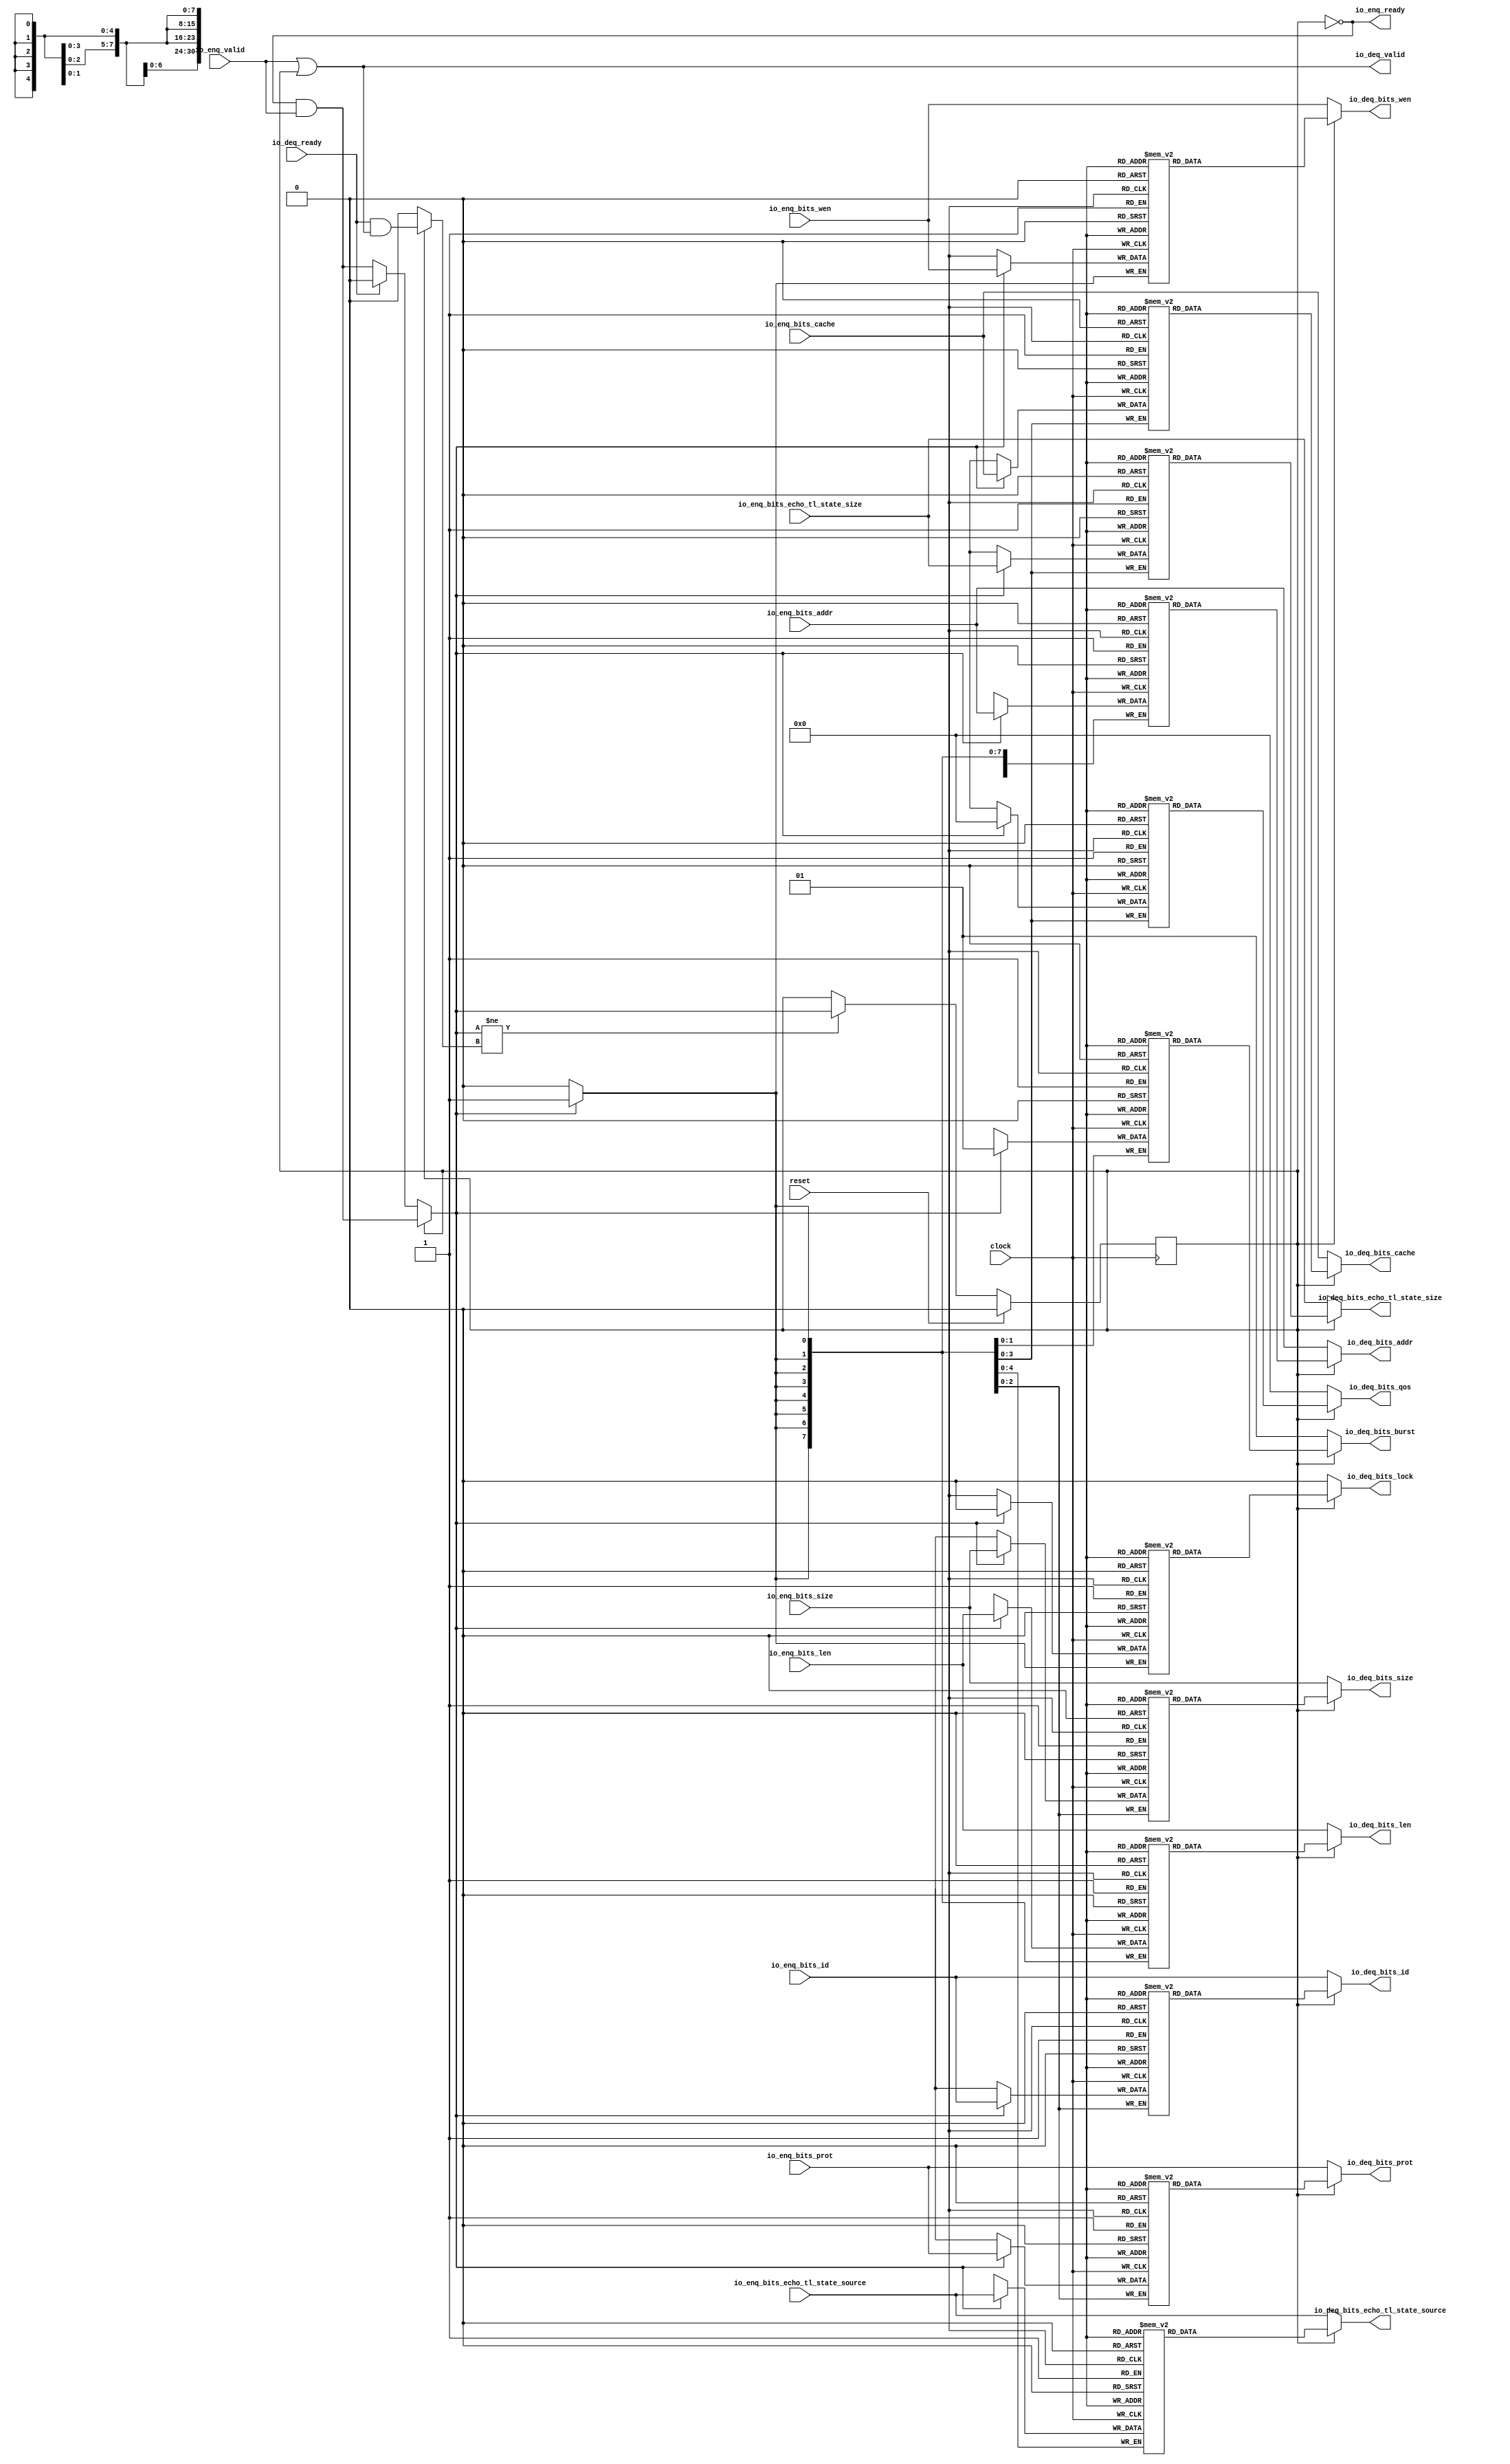
module Queue_11(
  input         clock,
  input         reset,
  output        io_enq_ready,
  input         io_enq_valid,
  input  [2:0]  io_enq_bits_id,
  input  [30:0] io_enq_bits_addr,
  input  [7:0]  io_enq_bits_len,
  input  [2:0]  io_enq_bits_size,
  input  [3:0]  io_enq_bits_cache,
  input  [2:0]  io_enq_bits_prot,
  input  [3:0]  io_enq_bits_echo_tl_state_size,
  input  [4:0]  io_enq_bits_echo_tl_state_source,
  input         io_enq_bits_wen,
  input         io_deq_ready,
  output        io_deq_valid,
  output [2:0]  io_deq_bits_id,
  output [30:0] io_deq_bits_addr,
  output [7:0]  io_deq_bits_len,
  output [2:0]  io_deq_bits_size,
  output [1:0]  io_deq_bits_burst,
  output        io_deq_bits_lock,
  output [3:0]  io_deq_bits_cache,
  output [2:0]  io_deq_bits_prot,
  output [3:0]  io_deq_bits_qos,
  output [3:0]  io_deq_bits_echo_tl_state_size,
  output [4:0]  io_deq_bits_echo_tl_state_source,
  output        io_deq_bits_wen
);
`ifdef RANDOMIZE_MEM_INIT
  reg [31:0] _RAND_0;
  reg [31:0] _RAND_1;
  reg [31:0] _RAND_2;
  reg [31:0] _RAND_3;
  reg [31:0] _RAND_4;
  reg [31:0] _RAND_5;
  reg [31:0] _RAND_6;
  reg [31:0] _RAND_7;
  reg [31:0] _RAND_8;
  reg [31:0] _RAND_9;
  reg [31:0] _RAND_10;
  reg [31:0] _RAND_11;
`endif // RANDOMIZE_MEM_INIT
`ifdef RANDOMIZE_REG_INIT
  reg [31:0] _RAND_12;
`endif // RANDOMIZE_REG_INIT
  reg [2:0] ram_id [0:0]; // @[Decoupled.scala 259:95]
  wire  ram_id_io_deq_bits_MPORT_en; // @[Decoupled.scala 259:95]
  wire  ram_id_io_deq_bits_MPORT_addr; // @[Decoupled.scala 259:95]
  wire [2:0] ram_id_io_deq_bits_MPORT_data; // @[Decoupled.scala 259:95]
  wire [2:0] ram_id_MPORT_data; // @[Decoupled.scala 259:95]
  wire  ram_id_MPORT_addr; // @[Decoupled.scala 259:95]
  wire  ram_id_MPORT_mask; // @[Decoupled.scala 259:95]
  wire  ram_id_MPORT_en; // @[Decoupled.scala 259:95]
  reg [30:0] ram_addr [0:0]; // @[Decoupled.scala 259:95]
  wire  ram_addr_io_deq_bits_MPORT_en; // @[Decoupled.scala 259:95]
  wire  ram_addr_io_deq_bits_MPORT_addr; // @[Decoupled.scala 259:95]
  wire [30:0] ram_addr_io_deq_bits_MPORT_data; // @[Decoupled.scala 259:95]
  wire [30:0] ram_addr_MPORT_data; // @[Decoupled.scala 259:95]
  wire  ram_addr_MPORT_addr; // @[Decoupled.scala 259:95]
  wire  ram_addr_MPORT_mask; // @[Decoupled.scala 259:95]
  wire  ram_addr_MPORT_en; // @[Decoupled.scala 259:95]
  reg [7:0] ram_len [0:0]; // @[Decoupled.scala 259:95]
  wire  ram_len_io_deq_bits_MPORT_en; // @[Decoupled.scala 259:95]
  wire  ram_len_io_deq_bits_MPORT_addr; // @[Decoupled.scala 259:95]
  wire [7:0] ram_len_io_deq_bits_MPORT_data; // @[Decoupled.scala 259:95]
  wire [7:0] ram_len_MPORT_data; // @[Decoupled.scala 259:95]
  wire  ram_len_MPORT_addr; // @[Decoupled.scala 259:95]
  wire  ram_len_MPORT_mask; // @[Decoupled.scala 259:95]
  wire  ram_len_MPORT_en; // @[Decoupled.scala 259:95]
  reg [2:0] ram_size [0:0]; // @[Decoupled.scala 259:95]
  wire  ram_size_io_deq_bits_MPORT_en; // @[Decoupled.scala 259:95]
  wire  ram_size_io_deq_bits_MPORT_addr; // @[Decoupled.scala 259:95]
  wire [2:0] ram_size_io_deq_bits_MPORT_data; // @[Decoupled.scala 259:95]
  wire [2:0] ram_size_MPORT_data; // @[Decoupled.scala 259:95]
  wire  ram_size_MPORT_addr; // @[Decoupled.scala 259:95]
  wire  ram_size_MPORT_mask; // @[Decoupled.scala 259:95]
  wire  ram_size_MPORT_en; // @[Decoupled.scala 259:95]
  reg [1:0] ram_burst [0:0]; // @[Decoupled.scala 259:95]
  wire  ram_burst_io_deq_bits_MPORT_en; // @[Decoupled.scala 259:95]
  wire  ram_burst_io_deq_bits_MPORT_addr; // @[Decoupled.scala 259:95]
  wire [1:0] ram_burst_io_deq_bits_MPORT_data; // @[Decoupled.scala 259:95]
  wire [1:0] ram_burst_MPORT_data; // @[Decoupled.scala 259:95]
  wire  ram_burst_MPORT_addr; // @[Decoupled.scala 259:95]
  wire  ram_burst_MPORT_mask; // @[Decoupled.scala 259:95]
  wire  ram_burst_MPORT_en; // @[Decoupled.scala 259:95]
  reg  ram_lock [0:0]; // @[Decoupled.scala 259:95]
  wire  ram_lock_io_deq_bits_MPORT_en; // @[Decoupled.scala 259:95]
  wire  ram_lock_io_deq_bits_MPORT_addr; // @[Decoupled.scala 259:95]
  wire  ram_lock_io_deq_bits_MPORT_data; // @[Decoupled.scala 259:95]
  wire  ram_lock_MPORT_data; // @[Decoupled.scala 259:95]
  wire  ram_lock_MPORT_addr; // @[Decoupled.scala 259:95]
  wire  ram_lock_MPORT_mask; // @[Decoupled.scala 259:95]
  wire  ram_lock_MPORT_en; // @[Decoupled.scala 259:95]
  reg [3:0] ram_cache [0:0]; // @[Decoupled.scala 259:95]
  wire  ram_cache_io_deq_bits_MPORT_en; // @[Decoupled.scala 259:95]
  wire  ram_cache_io_deq_bits_MPORT_addr; // @[Decoupled.scala 259:95]
  wire [3:0] ram_cache_io_deq_bits_MPORT_data; // @[Decoupled.scala 259:95]
  wire [3:0] ram_cache_MPORT_data; // @[Decoupled.scala 259:95]
  wire  ram_cache_MPORT_addr; // @[Decoupled.scala 259:95]
  wire  ram_cache_MPORT_mask; // @[Decoupled.scala 259:95]
  wire  ram_cache_MPORT_en; // @[Decoupled.scala 259:95]
  reg [2:0] ram_prot [0:0]; // @[Decoupled.scala 259:95]
  wire  ram_prot_io_deq_bits_MPORT_en; // @[Decoupled.scala 259:95]
  wire  ram_prot_io_deq_bits_MPORT_addr; // @[Decoupled.scala 259:95]
  wire [2:0] ram_prot_io_deq_bits_MPORT_data; // @[Decoupled.scala 259:95]
  wire [2:0] ram_prot_MPORT_data; // @[Decoupled.scala 259:95]
  wire  ram_prot_MPORT_addr; // @[Decoupled.scala 259:95]
  wire  ram_prot_MPORT_mask; // @[Decoupled.scala 259:95]
  wire  ram_prot_MPORT_en; // @[Decoupled.scala 259:95]
  reg [3:0] ram_qos [0:0]; // @[Decoupled.scala 259:95]
  wire  ram_qos_io_deq_bits_MPORT_en; // @[Decoupled.scala 259:95]
  wire  ram_qos_io_deq_bits_MPORT_addr; // @[Decoupled.scala 259:95]
  wire [3:0] ram_qos_io_deq_bits_MPORT_data; // @[Decoupled.scala 259:95]
  wire [3:0] ram_qos_MPORT_data; // @[Decoupled.scala 259:95]
  wire  ram_qos_MPORT_addr; // @[Decoupled.scala 259:95]
  wire  ram_qos_MPORT_mask; // @[Decoupled.scala 259:95]
  wire  ram_qos_MPORT_en; // @[Decoupled.scala 259:95]
  reg [3:0] ram_echo_tl_state_size [0:0]; // @[Decoupled.scala 259:95]
  wire  ram_echo_tl_state_size_io_deq_bits_MPORT_en; // @[Decoupled.scala 259:95]
  wire  ram_echo_tl_state_size_io_deq_bits_MPORT_addr; // @[Decoupled.scala 259:95]
  wire [3:0] ram_echo_tl_state_size_io_deq_bits_MPORT_data; // @[Decoupled.scala 259:95]
  wire [3:0] ram_echo_tl_state_size_MPORT_data; // @[Decoupled.scala 259:95]
  wire  ram_echo_tl_state_size_MPORT_addr; // @[Decoupled.scala 259:95]
  wire  ram_echo_tl_state_size_MPORT_mask; // @[Decoupled.scala 259:95]
  wire  ram_echo_tl_state_size_MPORT_en; // @[Decoupled.scala 259:95]
  reg [4:0] ram_echo_tl_state_source [0:0]; // @[Decoupled.scala 259:95]
  wire  ram_echo_tl_state_source_io_deq_bits_MPORT_en; // @[Decoupled.scala 259:95]
  wire  ram_echo_tl_state_source_io_deq_bits_MPORT_addr; // @[Decoupled.scala 259:95]
  wire [4:0] ram_echo_tl_state_source_io_deq_bits_MPORT_data; // @[Decoupled.scala 259:95]
  wire [4:0] ram_echo_tl_state_source_MPORT_data; // @[Decoupled.scala 259:95]
  wire  ram_echo_tl_state_source_MPORT_addr; // @[Decoupled.scala 259:95]
  wire  ram_echo_tl_state_source_MPORT_mask; // @[Decoupled.scala 259:95]
  wire  ram_echo_tl_state_source_MPORT_en; // @[Decoupled.scala 259:95]
  reg  ram_wen [0:0]; // @[Decoupled.scala 259:95]
  wire  ram_wen_io_deq_bits_MPORT_en; // @[Decoupled.scala 259:95]
  wire  ram_wen_io_deq_bits_MPORT_addr; // @[Decoupled.scala 259:95]
  wire  ram_wen_io_deq_bits_MPORT_data; // @[Decoupled.scala 259:95]
  wire  ram_wen_MPORT_data; // @[Decoupled.scala 259:95]
  wire  ram_wen_MPORT_addr; // @[Decoupled.scala 259:95]
  wire  ram_wen_MPORT_mask; // @[Decoupled.scala 259:95]
  wire  ram_wen_MPORT_en; // @[Decoupled.scala 259:95]
  reg  maybe_full; // @[Decoupled.scala 262:27]
  wire  empty = ~maybe_full; // @[Decoupled.scala 264:28]
  wire  _do_enq_T = io_enq_ready & io_enq_valid; // @[Decoupled.scala 50:35]
  wire  _do_deq_T = io_deq_ready & io_deq_valid; // @[Decoupled.scala 50:35]
  wire  _GEN_20 = io_deq_ready ? 1'h0 : _do_enq_T; // @[Decoupled.scala 304:{26,35}]
  wire  do_enq = empty ? _GEN_20 : _do_enq_T; // @[Decoupled.scala 301:17]
  wire  do_deq = empty ? 1'h0 : _do_deq_T; // @[Decoupled.scala 301:17 303:14]
  assign ram_id_io_deq_bits_MPORT_en = 1'h1;
  assign ram_id_io_deq_bits_MPORT_addr = 1'h0;
  assign ram_id_io_deq_bits_MPORT_data = ram_id[ram_id_io_deq_bits_MPORT_addr]; // @[Decoupled.scala 259:95]
  assign ram_id_MPORT_data = io_enq_bits_id;
  assign ram_id_MPORT_addr = 1'h0;
  assign ram_id_MPORT_mask = 1'h1;
  assign ram_id_MPORT_en = empty ? _GEN_20 : _do_enq_T;
  assign ram_addr_io_deq_bits_MPORT_en = 1'h1;
  assign ram_addr_io_deq_bits_MPORT_addr = 1'h0;
  assign ram_addr_io_deq_bits_MPORT_data = ram_addr[ram_addr_io_deq_bits_MPORT_addr]; // @[Decoupled.scala 259:95]
  assign ram_addr_MPORT_data = io_enq_bits_addr;
  assign ram_addr_MPORT_addr = 1'h0;
  assign ram_addr_MPORT_mask = 1'h1;
  assign ram_addr_MPORT_en = empty ? _GEN_20 : _do_enq_T;
  assign ram_len_io_deq_bits_MPORT_en = 1'h1;
  assign ram_len_io_deq_bits_MPORT_addr = 1'h0;
  assign ram_len_io_deq_bits_MPORT_data = ram_len[ram_len_io_deq_bits_MPORT_addr]; // @[Decoupled.scala 259:95]
  assign ram_len_MPORT_data = io_enq_bits_len;
  assign ram_len_MPORT_addr = 1'h0;
  assign ram_len_MPORT_mask = 1'h1;
  assign ram_len_MPORT_en = empty ? _GEN_20 : _do_enq_T;
  assign ram_size_io_deq_bits_MPORT_en = 1'h1;
  assign ram_size_io_deq_bits_MPORT_addr = 1'h0;
  assign ram_size_io_deq_bits_MPORT_data = ram_size[ram_size_io_deq_bits_MPORT_addr]; // @[Decoupled.scala 259:95]
  assign ram_size_MPORT_data = io_enq_bits_size;
  assign ram_size_MPORT_addr = 1'h0;
  assign ram_size_MPORT_mask = 1'h1;
  assign ram_size_MPORT_en = empty ? _GEN_20 : _do_enq_T;
  assign ram_burst_io_deq_bits_MPORT_en = 1'h1;
  assign ram_burst_io_deq_bits_MPORT_addr = 1'h0;
  assign ram_burst_io_deq_bits_MPORT_data = ram_burst[ram_burst_io_deq_bits_MPORT_addr]; // @[Decoupled.scala 259:95]
  assign ram_burst_MPORT_data = 2'h1;
  assign ram_burst_MPORT_addr = 1'h0;
  assign ram_burst_MPORT_mask = 1'h1;
  assign ram_burst_MPORT_en = empty ? _GEN_20 : _do_enq_T;
  assign ram_lock_io_deq_bits_MPORT_en = 1'h1;
  assign ram_lock_io_deq_bits_MPORT_addr = 1'h0;
  assign ram_lock_io_deq_bits_MPORT_data = ram_lock[ram_lock_io_deq_bits_MPORT_addr]; // @[Decoupled.scala 259:95]
  assign ram_lock_MPORT_data = 1'h0;
  assign ram_lock_MPORT_addr = 1'h0;
  assign ram_lock_MPORT_mask = 1'h1;
  assign ram_lock_MPORT_en = empty ? _GEN_20 : _do_enq_T;
  assign ram_cache_io_deq_bits_MPORT_en = 1'h1;
  assign ram_cache_io_deq_bits_MPORT_addr = 1'h0;
  assign ram_cache_io_deq_bits_MPORT_data = ram_cache[ram_cache_io_deq_bits_MPORT_addr]; // @[Decoupled.scala 259:95]
  assign ram_cache_MPORT_data = io_enq_bits_cache;
  assign ram_cache_MPORT_addr = 1'h0;
  assign ram_cache_MPORT_mask = 1'h1;
  assign ram_cache_MPORT_en = empty ? _GEN_20 : _do_enq_T;
  assign ram_prot_io_deq_bits_MPORT_en = 1'h1;
  assign ram_prot_io_deq_bits_MPORT_addr = 1'h0;
  assign ram_prot_io_deq_bits_MPORT_data = ram_prot[ram_prot_io_deq_bits_MPORT_addr]; // @[Decoupled.scala 259:95]
  assign ram_prot_MPORT_data = io_enq_bits_prot;
  assign ram_prot_MPORT_addr = 1'h0;
  assign ram_prot_MPORT_mask = 1'h1;
  assign ram_prot_MPORT_en = empty ? _GEN_20 : _do_enq_T;
  assign ram_qos_io_deq_bits_MPORT_en = 1'h1;
  assign ram_qos_io_deq_bits_MPORT_addr = 1'h0;
  assign ram_qos_io_deq_bits_MPORT_data = ram_qos[ram_qos_io_deq_bits_MPORT_addr]; // @[Decoupled.scala 259:95]
  assign ram_qos_MPORT_data = 4'h0;
  assign ram_qos_MPORT_addr = 1'h0;
  assign ram_qos_MPORT_mask = 1'h1;
  assign ram_qos_MPORT_en = empty ? _GEN_20 : _do_enq_T;
  assign ram_echo_tl_state_size_io_deq_bits_MPORT_en = 1'h1;
  assign ram_echo_tl_state_size_io_deq_bits_MPORT_addr = 1'h0;
  assign ram_echo_tl_state_size_io_deq_bits_MPORT_data =
    ram_echo_tl_state_size[ram_echo_tl_state_size_io_deq_bits_MPORT_addr]; // @[Decoupled.scala 259:95]
  assign ram_echo_tl_state_size_MPORT_data = io_enq_bits_echo_tl_state_size;
  assign ram_echo_tl_state_size_MPORT_addr = 1'h0;
  assign ram_echo_tl_state_size_MPORT_mask = 1'h1;
  assign ram_echo_tl_state_size_MPORT_en = empty ? _GEN_20 : _do_enq_T;
  assign ram_echo_tl_state_source_io_deq_bits_MPORT_en = 1'h1;
  assign ram_echo_tl_state_source_io_deq_bits_MPORT_addr = 1'h0;
  assign ram_echo_tl_state_source_io_deq_bits_MPORT_data =
    ram_echo_tl_state_source[ram_echo_tl_state_source_io_deq_bits_MPORT_addr]; // @[Decoupled.scala 259:95]
  assign ram_echo_tl_state_source_MPORT_data = io_enq_bits_echo_tl_state_source;
  assign ram_echo_tl_state_source_MPORT_addr = 1'h0;
  assign ram_echo_tl_state_source_MPORT_mask = 1'h1;
  assign ram_echo_tl_state_source_MPORT_en = empty ? _GEN_20 : _do_enq_T;
  assign ram_wen_io_deq_bits_MPORT_en = 1'h1;
  assign ram_wen_io_deq_bits_MPORT_addr = 1'h0;
  assign ram_wen_io_deq_bits_MPORT_data = ram_wen[ram_wen_io_deq_bits_MPORT_addr]; // @[Decoupled.scala 259:95]
  assign ram_wen_MPORT_data = io_enq_bits_wen;
  assign ram_wen_MPORT_addr = 1'h0;
  assign ram_wen_MPORT_mask = 1'h1;
  assign ram_wen_MPORT_en = empty ? _GEN_20 : _do_enq_T;
  assign io_enq_ready = ~maybe_full; // @[Decoupled.scala 289:19]
  assign io_deq_valid = io_enq_valid | ~empty; // @[Decoupled.scala 288:16 300:{24,39}]
  assign io_deq_bits_id = empty ? io_enq_bits_id : ram_id_io_deq_bits_MPORT_data; // @[Decoupled.scala 296:17 301:17 302:19]
  assign io_deq_bits_addr = empty ? io_enq_bits_addr : ram_addr_io_deq_bits_MPORT_data; // @[Decoupled.scala 296:17 301:17 302:19]
  assign io_deq_bits_len = empty ? io_enq_bits_len : ram_len_io_deq_bits_MPORT_data; // @[Decoupled.scala 296:17 301:17 302:19]
  assign io_deq_bits_size = empty ? io_enq_bits_size : ram_size_io_deq_bits_MPORT_data; // @[Decoupled.scala 296:17 301:17 302:19]
  assign io_deq_bits_burst = empty ? 2'h1 : ram_burst_io_deq_bits_MPORT_data; // @[Decoupled.scala 296:17 301:17 302:19]
  assign io_deq_bits_lock = empty ? 1'h0 : ram_lock_io_deq_bits_MPORT_data; // @[Decoupled.scala 296:17 301:17 302:19]
  assign io_deq_bits_cache = empty ? io_enq_bits_cache : ram_cache_io_deq_bits_MPORT_data; // @[Decoupled.scala 296:17 301:17 302:19]
  assign io_deq_bits_prot = empty ? io_enq_bits_prot : ram_prot_io_deq_bits_MPORT_data; // @[Decoupled.scala 296:17 301:17 302:19]
  assign io_deq_bits_qos = empty ? 4'h0 : ram_qos_io_deq_bits_MPORT_data; // @[Decoupled.scala 296:17 301:17 302:19]
  assign io_deq_bits_echo_tl_state_size = empty ? io_enq_bits_echo_tl_state_size :
    ram_echo_tl_state_size_io_deq_bits_MPORT_data; // @[Decoupled.scala 296:17 301:17 302:19]
  assign io_deq_bits_echo_tl_state_source = empty ? io_enq_bits_echo_tl_state_source :
    ram_echo_tl_state_source_io_deq_bits_MPORT_data; // @[Decoupled.scala 296:17 301:17 302:19]
  assign io_deq_bits_wen = empty ? io_enq_bits_wen : ram_wen_io_deq_bits_MPORT_data; // @[Decoupled.scala 296:17 301:17 302:19]
  always @(posedge clock) begin
    if (ram_id_MPORT_en & ram_id_MPORT_mask) begin
      ram_id[ram_id_MPORT_addr] <= ram_id_MPORT_data; // @[Decoupled.scala 259:95]
    end
    if (ram_addr_MPORT_en & ram_addr_MPORT_mask) begin
      ram_addr[ram_addr_MPORT_addr] <= ram_addr_MPORT_data; // @[Decoupled.scala 259:95]
    end
    if (ram_len_MPORT_en & ram_len_MPORT_mask) begin
      ram_len[ram_len_MPORT_addr] <= ram_len_MPORT_data; // @[Decoupled.scala 259:95]
    end
    if (ram_size_MPORT_en & ram_size_MPORT_mask) begin
      ram_size[ram_size_MPORT_addr] <= ram_size_MPORT_data; // @[Decoupled.scala 259:95]
    end
    if (ram_burst_MPORT_en & ram_burst_MPORT_mask) begin
      ram_burst[ram_burst_MPORT_addr] <= ram_burst_MPORT_data; // @[Decoupled.scala 259:95]
    end
    if (ram_lock_MPORT_en & ram_lock_MPORT_mask) begin
      ram_lock[ram_lock_MPORT_addr] <= ram_lock_MPORT_data; // @[Decoupled.scala 259:95]
    end
    if (ram_cache_MPORT_en & ram_cache_MPORT_mask) begin
      ram_cache[ram_cache_MPORT_addr] <= ram_cache_MPORT_data; // @[Decoupled.scala 259:95]
    end
    if (ram_prot_MPORT_en & ram_prot_MPORT_mask) begin
      ram_prot[ram_prot_MPORT_addr] <= ram_prot_MPORT_data; // @[Decoupled.scala 259:95]
    end
    if (ram_qos_MPORT_en & ram_qos_MPORT_mask) begin
      ram_qos[ram_qos_MPORT_addr] <= ram_qos_MPORT_data; // @[Decoupled.scala 259:95]
    end
    if (ram_echo_tl_state_size_MPORT_en & ram_echo_tl_state_size_MPORT_mask) begin
      ram_echo_tl_state_size[ram_echo_tl_state_size_MPORT_addr] <= ram_echo_tl_state_size_MPORT_data; // @[Decoupled.scala 259:95]
    end
    if (ram_echo_tl_state_source_MPORT_en & ram_echo_tl_state_source_MPORT_mask) begin
      ram_echo_tl_state_source[ram_echo_tl_state_source_MPORT_addr] <= ram_echo_tl_state_source_MPORT_data; // @[Decoupled.scala 259:95]
    end
    if (ram_wen_MPORT_en & ram_wen_MPORT_mask) begin
      ram_wen[ram_wen_MPORT_addr] <= ram_wen_MPORT_data; // @[Decoupled.scala 259:95]
    end
    if (reset) begin // @[Decoupled.scala 262:27]
      maybe_full <= 1'h0; // @[Decoupled.scala 262:27]
    end else if (do_enq != do_deq) begin // @[Decoupled.scala 279:27]
      if (empty) begin // @[Decoupled.scala 301:17]
        if (io_deq_ready) begin // @[Decoupled.scala 304:26]
          maybe_full <= 1'h0; // @[Decoupled.scala 304:35]
        end else begin
          maybe_full <= _do_enq_T;
        end
      end else begin
        maybe_full <= _do_enq_T;
      end
    end
  end
// Register and memory initialization
`ifdef RANDOMIZE_GARBAGE_ASSIGN
`define RANDOMIZE
`endif
`ifdef RANDOMIZE_INVALID_ASSIGN
`define RANDOMIZE
`endif
`ifdef RANDOMIZE_REG_INIT
`define RANDOMIZE
`endif
`ifdef RANDOMIZE_MEM_INIT
`define RANDOMIZE
`endif
`ifndef RANDOM
`define RANDOM $random
`endif
`ifdef RANDOMIZE_MEM_INIT
  integer initvar;
`endif
`ifndef SYNTHESIS
`ifdef FIRRTL_BEFORE_INITIAL
`FIRRTL_BEFORE_INITIAL
`endif
initial begin
  `ifdef RANDOMIZE
    `ifdef INIT_RANDOM
      `INIT_RANDOM
    `endif
    `ifndef VERILATOR
      `ifdef RANDOMIZE_DELAY
        #`RANDOMIZE_DELAY begin end
      `else
        #0.002 begin end
      `endif
    `endif
`ifdef RANDOMIZE_MEM_INIT
  _RAND_0 = {1{`RANDOM}};
  for (initvar = 0; initvar < 1; initvar = initvar+1)
    ram_id[initvar] = _RAND_0[2:0];
  _RAND_1 = {1{`RANDOM}};
  for (initvar = 0; initvar < 1; initvar = initvar+1)
    ram_addr[initvar] = _RAND_1[30:0];
  _RAND_2 = {1{`RANDOM}};
  for (initvar = 0; initvar < 1; initvar = initvar+1)
    ram_len[initvar] = _RAND_2[7:0];
  _RAND_3 = {1{`RANDOM}};
  for (initvar = 0; initvar < 1; initvar = initvar+1)
    ram_size[initvar] = _RAND_3[2:0];
  _RAND_4 = {1{`RANDOM}};
  for (initvar = 0; initvar < 1; initvar = initvar+1)
    ram_burst[initvar] = _RAND_4[1:0];
  _RAND_5 = {1{`RANDOM}};
  for (initvar = 0; initvar < 1; initvar = initvar+1)
    ram_lock[initvar] = _RAND_5[0:0];
  _RAND_6 = {1{`RANDOM}};
  for (initvar = 0; initvar < 1; initvar = initvar+1)
    ram_cache[initvar] = _RAND_6[3:0];
  _RAND_7 = {1{`RANDOM}};
  for (initvar = 0; initvar < 1; initvar = initvar+1)
    ram_prot[initvar] = _RAND_7[2:0];
  _RAND_8 = {1{`RANDOM}};
  for (initvar = 0; initvar < 1; initvar = initvar+1)
    ram_qos[initvar] = _RAND_8[3:0];
  _RAND_9 = {1{`RANDOM}};
  for (initvar = 0; initvar < 1; initvar = initvar+1)
    ram_echo_tl_state_size[initvar] = _RAND_9[3:0];
  _RAND_10 = {1{`RANDOM}};
  for (initvar = 0; initvar < 1; initvar = initvar+1)
    ram_echo_tl_state_source[initvar] = _RAND_10[4:0];
  _RAND_11 = {1{`RANDOM}};
  for (initvar = 0; initvar < 1; initvar = initvar+1)
    ram_wen[initvar] = _RAND_11[0:0];
`endif // RANDOMIZE_MEM_INIT
`ifdef RANDOMIZE_REG_INIT
  _RAND_12 = {1{`RANDOM}};
  maybe_full = _RAND_12[0:0];
`endif // RANDOMIZE_REG_INIT
  `endif // RANDOMIZE
end // initial
`ifdef FIRRTL_AFTER_INITIAL
`FIRRTL_AFTER_INITIAL
`endif
`endif // SYNTHESIS
endmodule